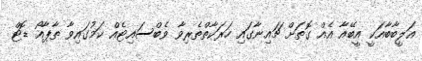
އަލީބާބާއަކީ އީބޭއާ އެއް ގޮތަށް ޗައިނާގައި ހަރަކާތްތެރިވާ ވެބްސައިޓެއް ކަމުގައިވާ ތާޕާއޯ ޑޮޓް